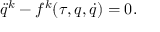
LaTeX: \ddot { q } ^ { k } - f ^ { k } ( \tau , q , \dot { q } ) = 0 .